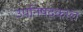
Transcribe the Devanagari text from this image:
उपनिषदकाल